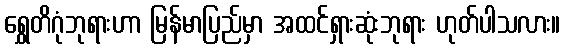
ရွှေတိဂုံဘုရားဟာ မြန်မာပြည်မှာ အထင်ရှားဆုံးဘုရား ဟုတ်ပါသလား။